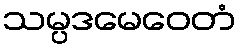
သမ္ပဒမေဝေတံ